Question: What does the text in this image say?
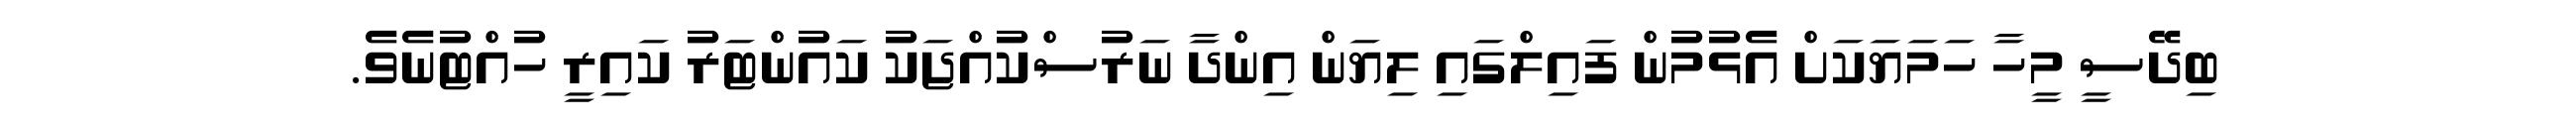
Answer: ބިދޭސީ މީހާ ހަމަޔަކަށް އެޅުމުން ފައިލްގައި ލިޔަން އިންދާ ނަރުސްކުއްޖަކު ކައުންޓަރު ކައިރީ ހުއްޓުނެވެ.